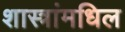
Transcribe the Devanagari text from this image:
शास्त्रांमधिल